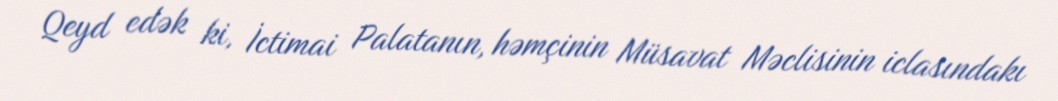
Qeyd edək ki, İctimai Palatanın, həmçinin Müsavat Məclisinin iclasındakı